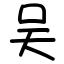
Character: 吴